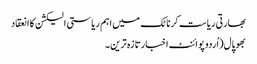
بھارتی ریاست کرناٹک میں اہم ریاستی الیکشن کا انعقاد
بھوپال(اُردو پوائنٹ اخبارتازہ ترین۔